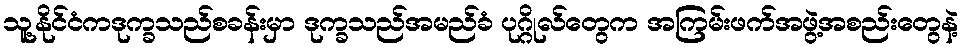
သူ့နိုင်ငံကဒုက္ခသည်စခန်းမှာ ဒုက္ခသည်အမည်ခံ ပုဂ္ဂိုလ်တွေက အကြမ်းဖက်အဖွဲ့အစည်းတွေနဲ့